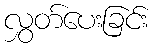
လွှတ်ပေးခြင်း